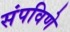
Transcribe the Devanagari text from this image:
संपविणे